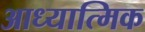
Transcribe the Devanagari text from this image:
आध्यात्‍मिक